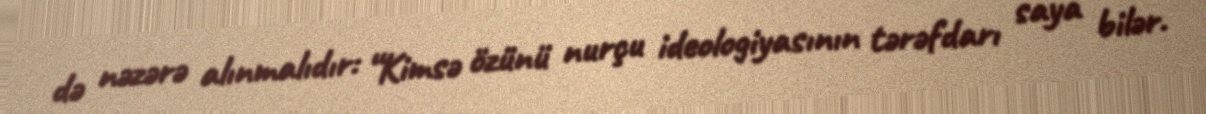
də nəzərə alınmalıdır: “Kimsə özünü nurçu ideologiyasının tərəfdarı saya bilər.